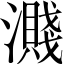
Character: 濺